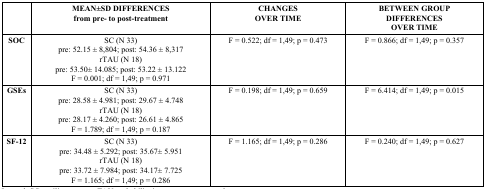
<table><thead><tr><td></td><td><b>MEAN±SD DIFFERENCESfrom pre- to post-treatment</b></td><td><b>CHANGESOVER TIME</b></td><td><b>BETWEEN GROUPDIFFERENCESOVER TIME</b></td></tr></thead><tbody><tr><td><b>SOC</b></td><td>SC (N 33)pre: 52.15 ± 8,804; post: 54.36 ± 8,317rTAU (N 18)pre: 53.50± 14.085; post: 53.22 ± 13.122F = 0.001; df = 1,49; p = 0.971</td><td>F = 0.522; df = 1,49; p = 0.473</td><td>F = 0.866; df = 1,49; p = 0.357</td></tr><tr><td><b>GSEs</b></td><td>SC (N 33)pre: 28.58 ± 4.981; post: 29.67 ± 4.748rTAU (N 18)pre: 28.17 ± 4.260; post: 26.61 ± 4.865F = 1.789; df = 1,49; p = 0.187</td><td>F = 0.198; df = 1,49; p = 0.659</td><td>F = 6.414; df = 1,49; p = 0.015</td></tr><tr><td><b>SF-12</b></td><td>SC (N 33)pre: 34.48 ± 5.292; post: 35.67± 5.951rTAU (N 18)pre: 33.72 ± 7.984; post: 34.17± 7.725F = 1.165; df = 1,49; p = 0.286</td><td>F = 1.165; df = 1,49; p = 0.286</td><td>F = 0.240; df = 1,49; p = 0.627</td></tr></tbody></table>